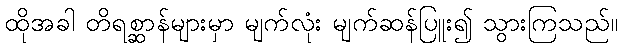
ထိုအခါ တိရစ္ဆာန်များမှာ မျက်လုံး မျက်ဆန်ပြူး၍ သွားကြသည်။